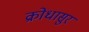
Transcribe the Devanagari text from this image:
क्रोधासुर